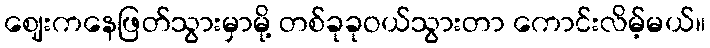
ဈေးကနေဖြတ်သွားမှာမို့ တစ်ခုခုဝယ်သွားတာ ကောင်းလိမ့်မယ်။